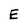
Character: E